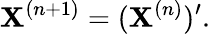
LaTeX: \mathbf{X}^{(n+1)}=(\mathbf{X}^{(n)})^{\prime}.